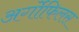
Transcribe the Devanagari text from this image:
अर्गोफिलस